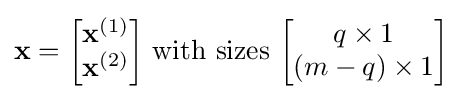
\mathbf {x} ={\begin{bmatrix}\mathbf {x} ^{(1)}\\\mathbf {x} ^{(2)}\end{bmatrix}}{\text{ with sizes }}{\begin{bmatrix}q\times 1\\(m-q)\times 1\end{bmatrix}}